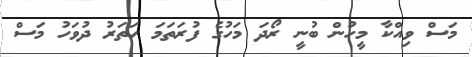
މަސް ވިއްކާ މީހުން ބުނީ ރޯދަ މަހުގެ ފުރަތަމަ ހަތަރު ދުވަހު މަސް